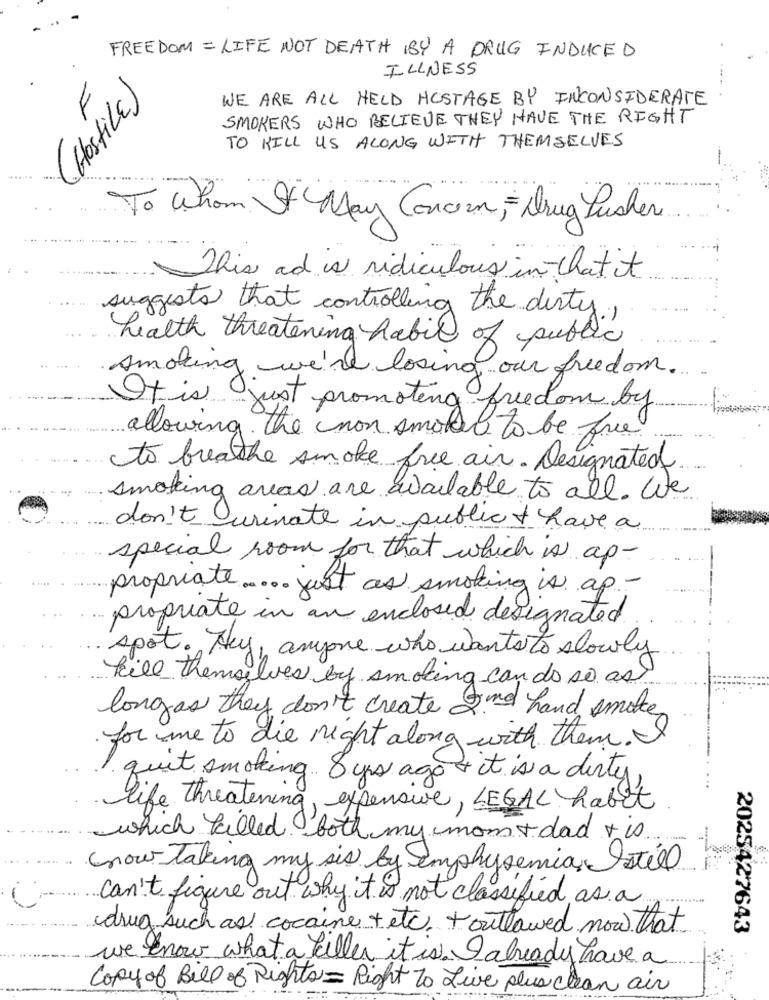
FREEDOM = LIFE NOT DEATH BY A DRUG INDUCED
ILLNESS
(HostiLE)
F
WE ARE ALL HELD HOSTAGE BY INCONSIDERATE
SMOKERS WHO BELIEVE THEY HAVE THE RIGHT
TO KILL US ALONG WITH THEMSELVES
To Whom It May Concern, Drug Pusher
... .....
This and is ridiculous in that it
suggests that controlling the dirty .,
health threatening habil of public
smoking we're losing our freedom.
It is just promoting freedom by
allowing. the non smoker to be free
to breathe smoke free air. Designated
smoking areas are available to all. We
don't urinate in public & have a
special room for that which is ap-
propriate ..... just as smoking is ap-
propriate in an enclosed designated
spot. Hey, anyone who wants to slowly
kill themselves by smoking can do so as
longas they don't create 2nd hand smoke
for me to die night along with them ..
quit smoking. 8 yrs ago + it is a dirty
life threatening, expensive, LEGAL habit
which called both my mom + dad tis
(now Taking my sis by emphysema, Istill
can't figure out why it is not classified as a
drug such as cocaine +etc. +outlawed now that
2025427643
we know what a killer it is. Ialready have a
Copy of Bill of Rights = Right to Live plus clean air